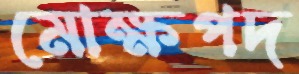
মোক্ষপদ